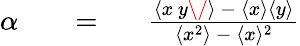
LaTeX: \begin{array}{rlr}{\alpha}&{{}\ \mathrm{~\ =~\ }}&{{\frac{\langle{x\, y\/ }\rangle\ -\ \langle{x}\rangle\langle{y}\rangle}{\langle{x}^{2}\rangle\ -\ \langle{x}\rangle^{2}}}}\end{array}